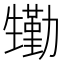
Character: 𤯺